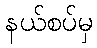
နယ်စပ်မှ